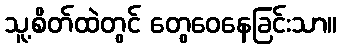
သူ့စိတ်ထဲတွင် တွေဝေနေခြင်းသာ။